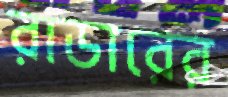
রাডারের